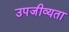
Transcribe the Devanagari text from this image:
उपजीव्यता